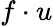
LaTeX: f\cdot u